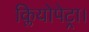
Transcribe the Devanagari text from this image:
क्लियोपेट्रा।